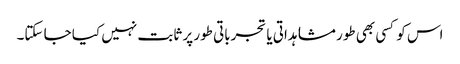
اس کو کسی بھی طور مشاہداتی یا تجرباتی طور پر ثابت نہیں کیا جا سکتا۔